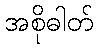
အစိုဓါတ်